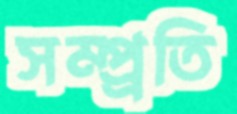
সম্প্র্রতি